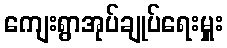
ကျေးရွာအုပ်ချုပ်ရေးမှူး